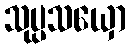
သုပ္ပသယှော